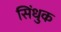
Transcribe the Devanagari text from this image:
सिंधुक